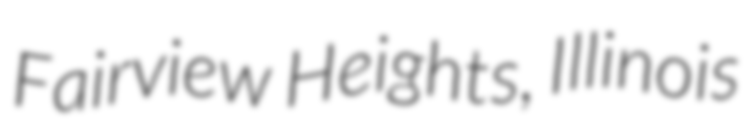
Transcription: Fairview Heights, Illinois